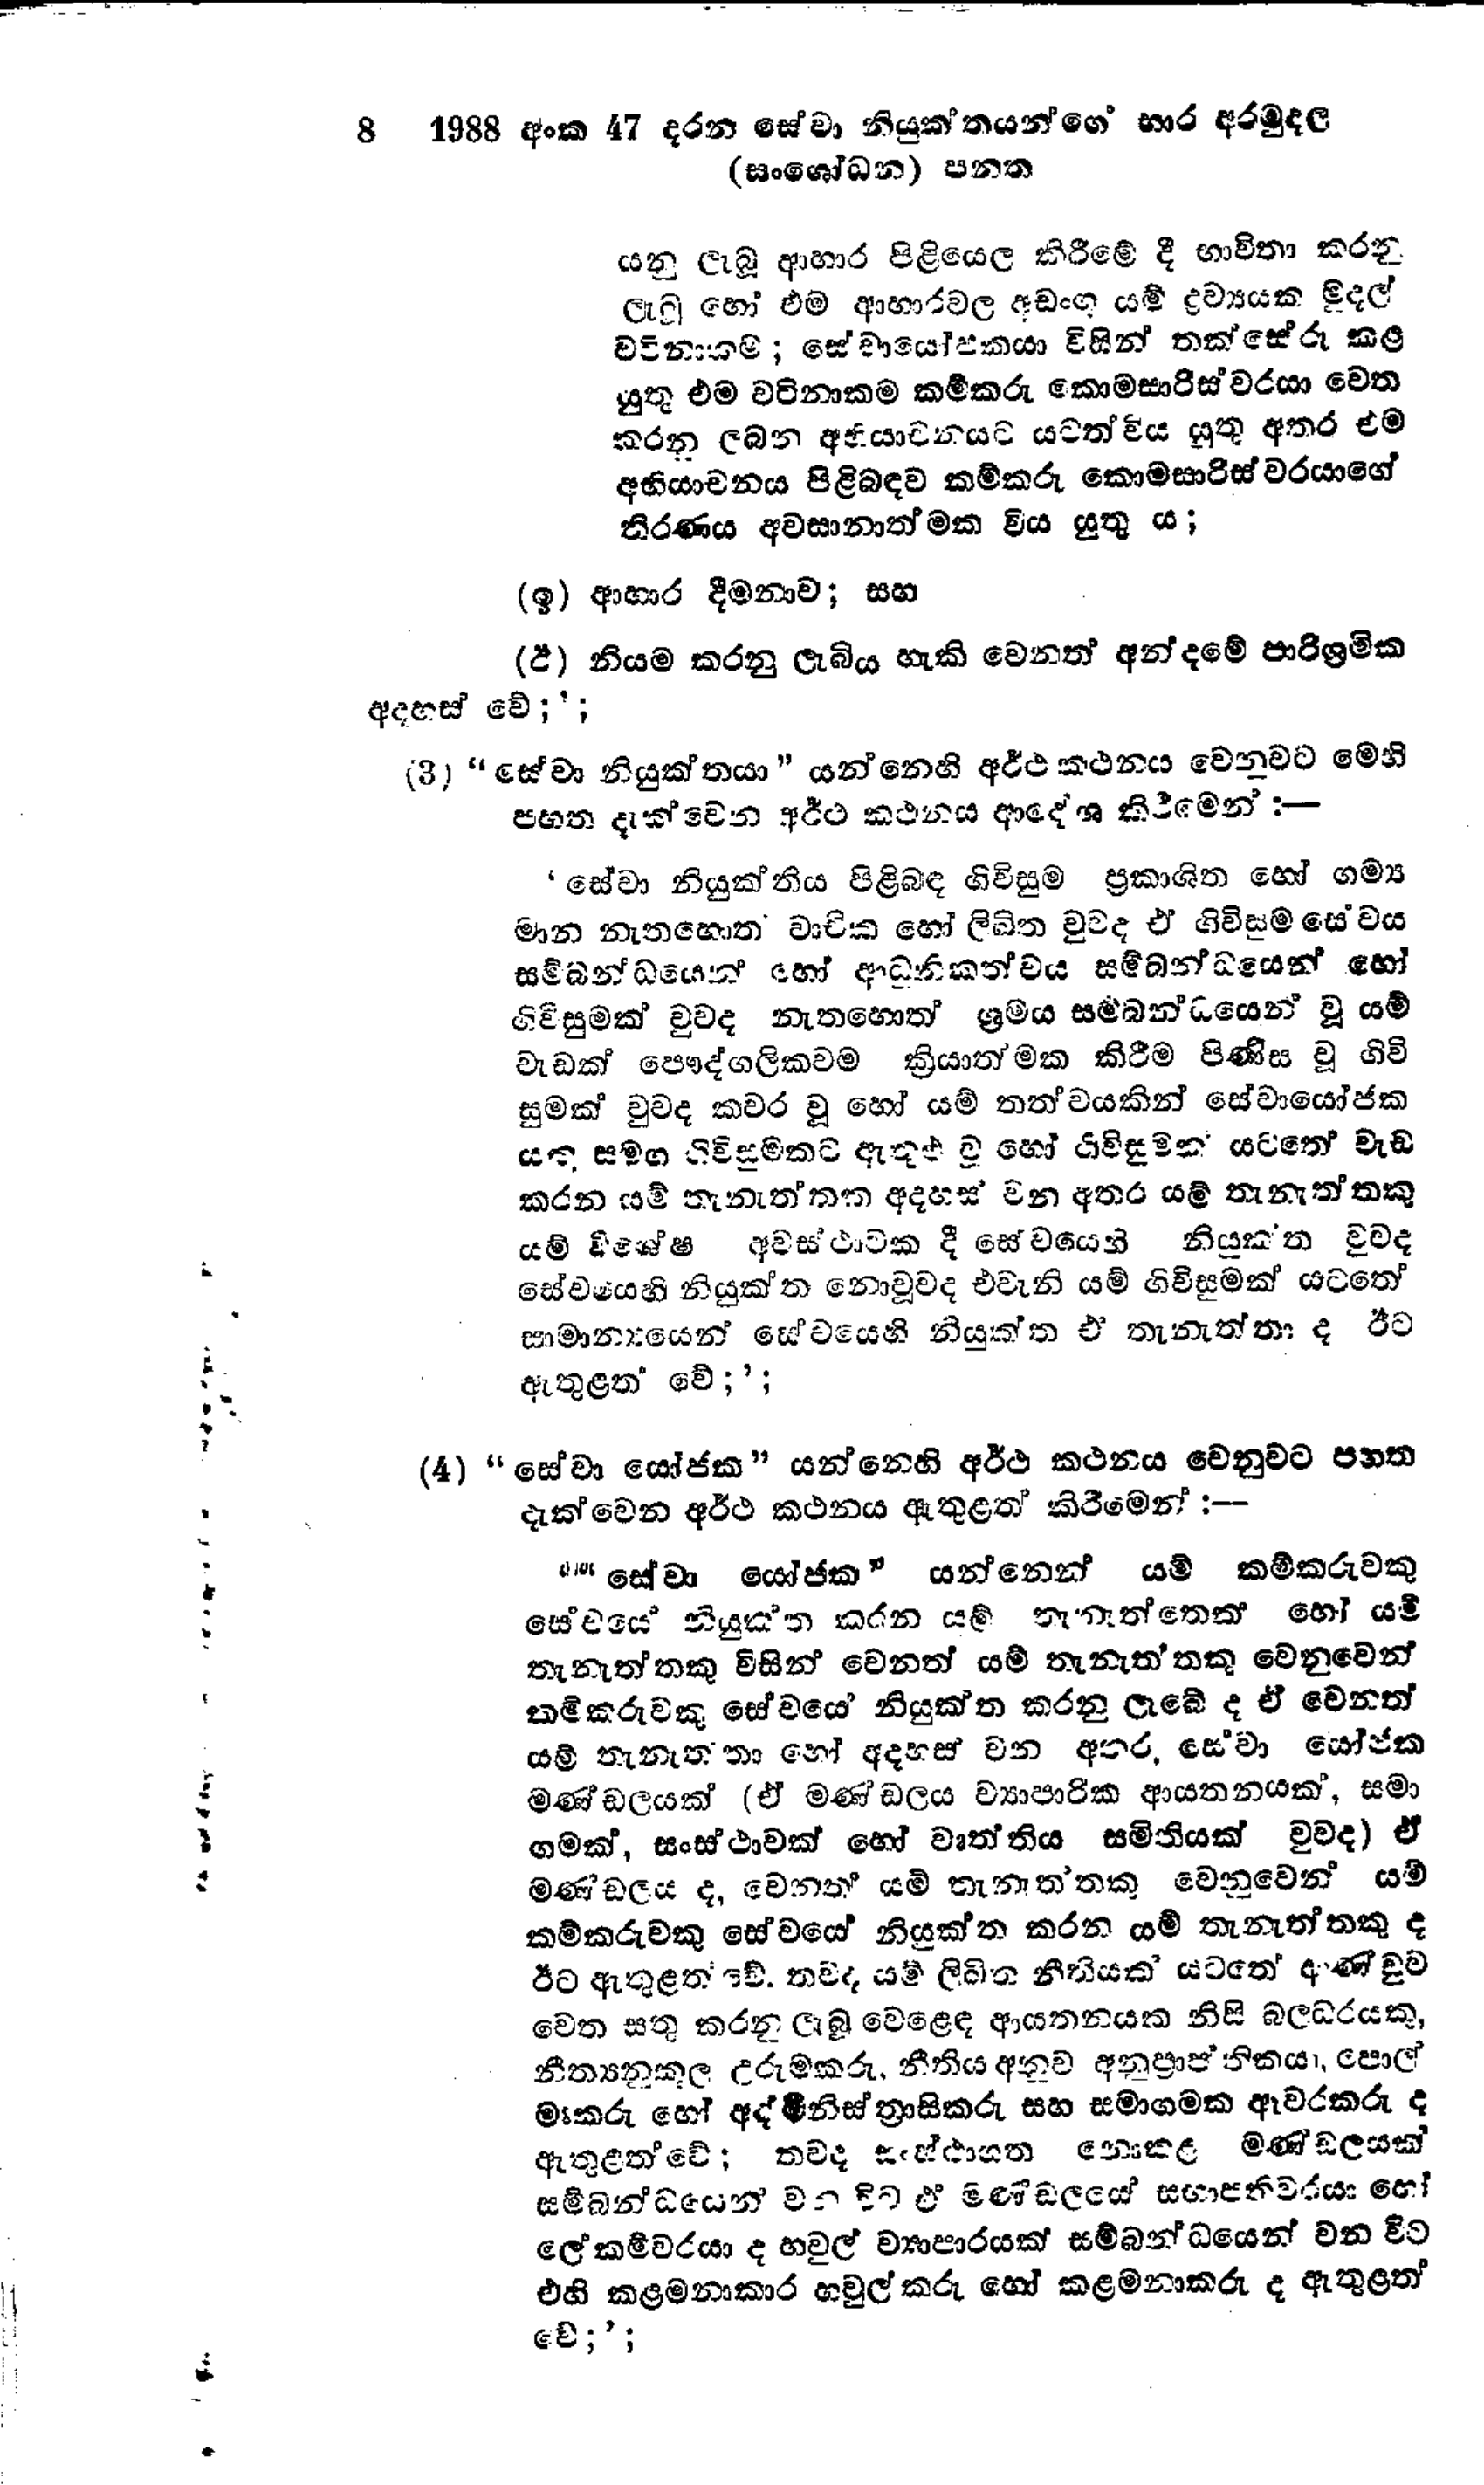
8 1988 අංක 47 දරන සේවා නියුක්තයන්ගෙ භාර අරමුදල
(සංශෝධන) පනත

යනු ලැබූ ආහාර පිළියෙල කිරීමේ දී භාවිතා කරනු
ලැබූ හෝ එම ආහාර වල අඩංගු යම් ද්‍රව්‍යයක මුදල්
වටිනාකම් ; සේවායෝජකයා විසින් තක්සේරු කළ
යුතු එම වටිනාකම කම්කරු කොමසාරිස්වරයා වෙත
කරනු ලබන අභියාචනයට යටත්විය යුතු අතර එම
අභියාචනය පිළිබඳව කම්කරු කොමසාරිස්වරයාගේ
තිරණය අවසානාත්මක විය යුතු ය;

(ඉ) ආහාර දීමනාව; සහ

(ඊ) නියම කරනු ලැබිය හැකි වෙනත් අන්දමේ පාරිශ්‍රමික
අදහස් වේ;';

(3) "සේවා නියුක්තයා" යන්නෙහි අර්ථකථනය වෙනවට මෙහි
පහත දැක්වෙන අර්ථ කථනය ආදේශ කිරීමෙන් :-

‘සේවා නියුක්තිය පිළිබඳ ගිවිසුම ප්‍රකාශිත හෝ ගම්‍ය
මාන නැතහොත වාචික හෝ ලිඛිත වුවද ඒ ගිවිසුම සේවය
සම්බන්ධයෙන් හෝ ආධුනිකත්වය සම්බන්ධයෙන් හෝ
ගිවිසුමක් වුවද නැතහොත් ශ්‍රමය සම්බන්ධයෙන් වූ යම්
වැඩක් පෞද්ගලිකවම ක්‍රියාත්මක කිරීම පිණිස වූ ගිවි
සුමක් වුවද කවර වූ හෝ යම් තත්වයකින් සේවායෝජක
යකු සමග ගිවිසුමකට ඇතුළු වූ හෝ ගිවිසුමක යටතේ වැඩ
කරන යම් තැනැත්තක අදහස් වන අතර යම් තැනැත්තකු
යම් විශේෂ අවස්ථාවක දී සේවයෙහි නියුක්ත වුවද
සේවයෙහි නියුක්ත නොවූවද එවැනි යම් ගිවිසුමක් යටතේ
සාමාන්‍යයෙන් සේවයෙහි නියුක්ත එ තැනැත්තා ද ඊට
ඇතුළත වේ;';

(4) "සේවා යෝජක" යන්නෙහි අර්ථ කථනය වෙනුවට පහත
දැක්වෙන අර්ථ කථනය ඇතුළත් කිරීමෙන් :-

"සේවා යෝජක " යන්නෙන් යම් කම්කරුවකු
සේවයේ නියුක්ත කරන යම් තැනැත්තෙක් හෝ යම්
තැනැත්තකු විසින් වෙනත් යම් තැනැත්තකු වෙනුවෙන්
කම්කරුවකු සේවයේ නියුක්ත කරනු ලැබේ ද ඒ වෙනත්
යම් තැනැත්තා හෝ අදහස් වන අතර, සේවා යෝජක
මණ්ඩලයක් (ඒ මණ්ඩලය ව්‍යාපාරික ආයතනයක්, සමා
ගමක්, සංස්ථාවක් හෝ වෘත්තිය සමිතියක් වුවද) ඒ
මණ්ඩලය ද, වෙනත් යම් තැනැත්තකු වෙනුවෙන් යම්
කම්කරුවකු සේවයේ නියුක්ත කරන යම් තැනැත්තකු ද
ඊට ඇතුළත් වේ. තවද යම් ලිඛිත නීතියක් යටතේ ආණ්ඩුව
වෙත සතු කරනු ලැබූ වෙළෙඳ ආයතනයක නිසි බලධරයකු,
නීත්‍යනුකූල උරුමකරු නීතිය අනුව අනුප්‍රාප්තිකයා, පොල්
මාකරු හෝ අද්මිනිස්ත්‍රාසිකරු සහ සමාගමක ඈවරකරු ද
ඇතුළත් වේ; තව ද සංස්ථාගත නොකළ මණ්ඩලයක්
සම්බන්ධයෙන් වන විට ඒ මණ්ඩලයේ සභාපතිවරයා හෝ
ලේකම්වරයා ද හවුල් ව්‍යාපාරයක් සම්බන්ධයෙන් වන විට
එහි කළමනාකාර හවුල් කරු හෝ කළමනාකරු ද ඇතුළත්
වේ;';